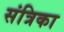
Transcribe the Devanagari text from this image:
संत्रिका